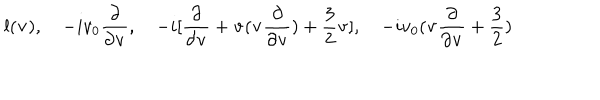
LaTeX: l ( { \bf v } ) , \quad - i v _ { 0 } \frac { \partial } { \partial { \bf v } } , \quad - i [ \frac { \partial } { \partial { \bf v } } + { \bf v } ( { \bf v } \frac { \partial } { \partial { \bf v } } ) + \frac { 3 } { 2 } { \bf v } ] , \quad - i v _ { 0 } ( { \bf v } \frac { \partial } { \partial { \bf v } } + \frac { 3 } { 2 } )